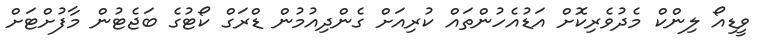
ވީޑިއޯ ލިންކް މެދުވެރިކޮށް އަޑުއެހުންތައް ކުރިއަށް ގެންދިއުމުން ޑްރަގް ކޯޓުގެ ބަޖެޓުން މާފުށްޓަށް